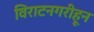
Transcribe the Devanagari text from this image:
विराटनगरीहून